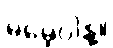
မမေ့ပါနဲ့။